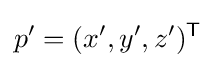
p'=(x',y',z')^{\mathsf {T}}